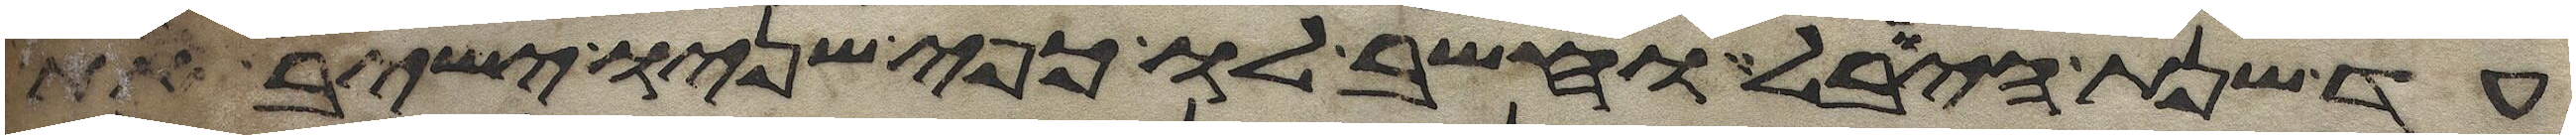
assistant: עד שנת היובל וחשב לו כפי שניו ישיב את